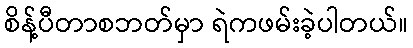
စိန့်ပီတာစဘတ်မှာ ရဲကဖမ်းခဲ့ပါတယ်။